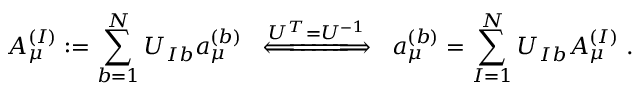
A _ { \mu } ^ { ( I ) } : = \sum _ { b = 1 } ^ { N } U _ { I b } a _ { \mu } ^ { ( b ) } \; \; \stackrel { U ^ { T } = U ^ { - 1 } } { \Longleftarrow \! \! = \! \! = \! \! = \! \! = \! \! = \! \! \! \Longrightarrow } \; \; a _ { \mu } ^ { ( b ) } = \sum _ { I = 1 } ^ { N } U _ { I b } A _ { \mu } ^ { ( I ) } \; .